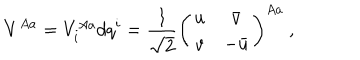
LaTeX: V ^ { A a } = V _ { i } ^ { A a } d q ^ { i } = \frac { 1 } { \sqrt { 2 } } \left( \begin{array} { c c } { { u } } & { { \bar { v } } } \\ { { v } } & { { - \bar { u } } } \\ \end{array} \right) ^ { A a } \ ,